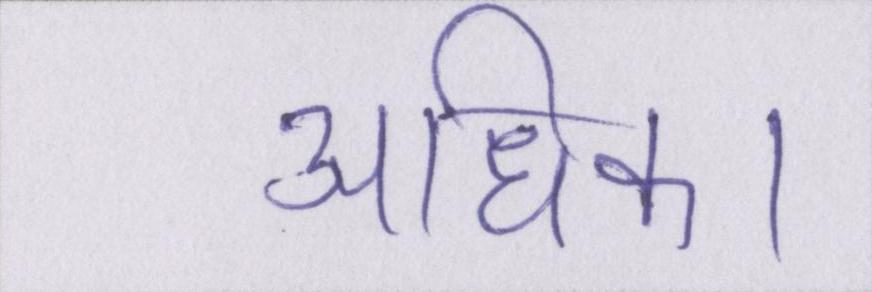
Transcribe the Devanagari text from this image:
अधिक।